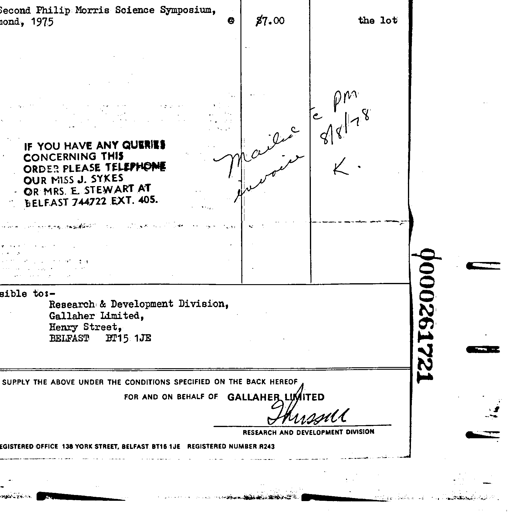
Second Philip Morris Science Symposium, 1975 $7.00 the lot
IF YOU HAVE ANY QUERIES CONCERNING THIS ORDER PLEASE TELEPHONE OUR MISS J. SYKES OR MRS. E. STEWART AT BELFAST 744722 EXT. 405. Mailed invoice 8/8/78 pm K.
to:- Research & Development Division, Gallaher Limited, Henry Street, BELFAST BT15 1JE 000261721
SUPPLY THE ABOVE UNDER THE CONDITIONS SPECIFIED ON THE BACK HEREOF
FOR AND ON BEHALF OF GALLAHER LIMITED THussell
RESEARCH AND DEVELOPMENT DIVISION
REGISTERED OFFICE 138 YORK STREET, BELFAST BT15 1JE REGISTERED NUMBER R243